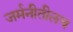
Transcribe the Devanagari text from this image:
जर्मनीतीलच